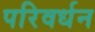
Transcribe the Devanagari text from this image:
परिवर्धन